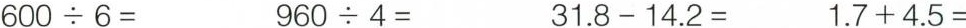
$$6 0 0 \div 6 =$$ $$9 6 0 \div 4 =$$ $$3 1 . 8 - 1 4 . 2 =$$ $$1 . 7 + 4 . 5 =$$